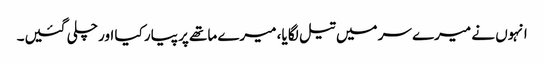
انہوں نے میرے سر میں تیل لگا یا، میرے ماتھے پر پیار کیا اور چلی گئیں۔